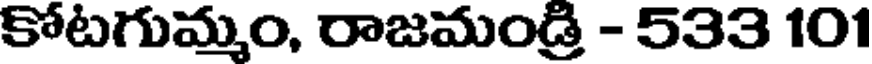
కోటగుమ్మం, రాజమండ్రి - 533 101